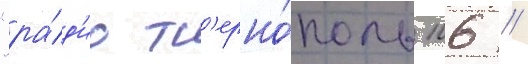
"ра́д'ио т'ерно́поль 106 //